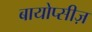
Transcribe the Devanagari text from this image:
बायोप्सीज़